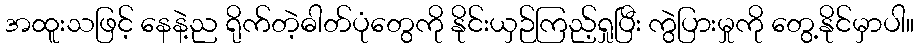
အထူးသဖြင့် နေနဲ့ည ရိုက်တဲ့ဓါတ်ပုံတွေကို နိုင်းယှဉ်ကြည့်ရှုပြီး ကွဲပြားမှုကို တွေ့နိုင်မှာပါ။